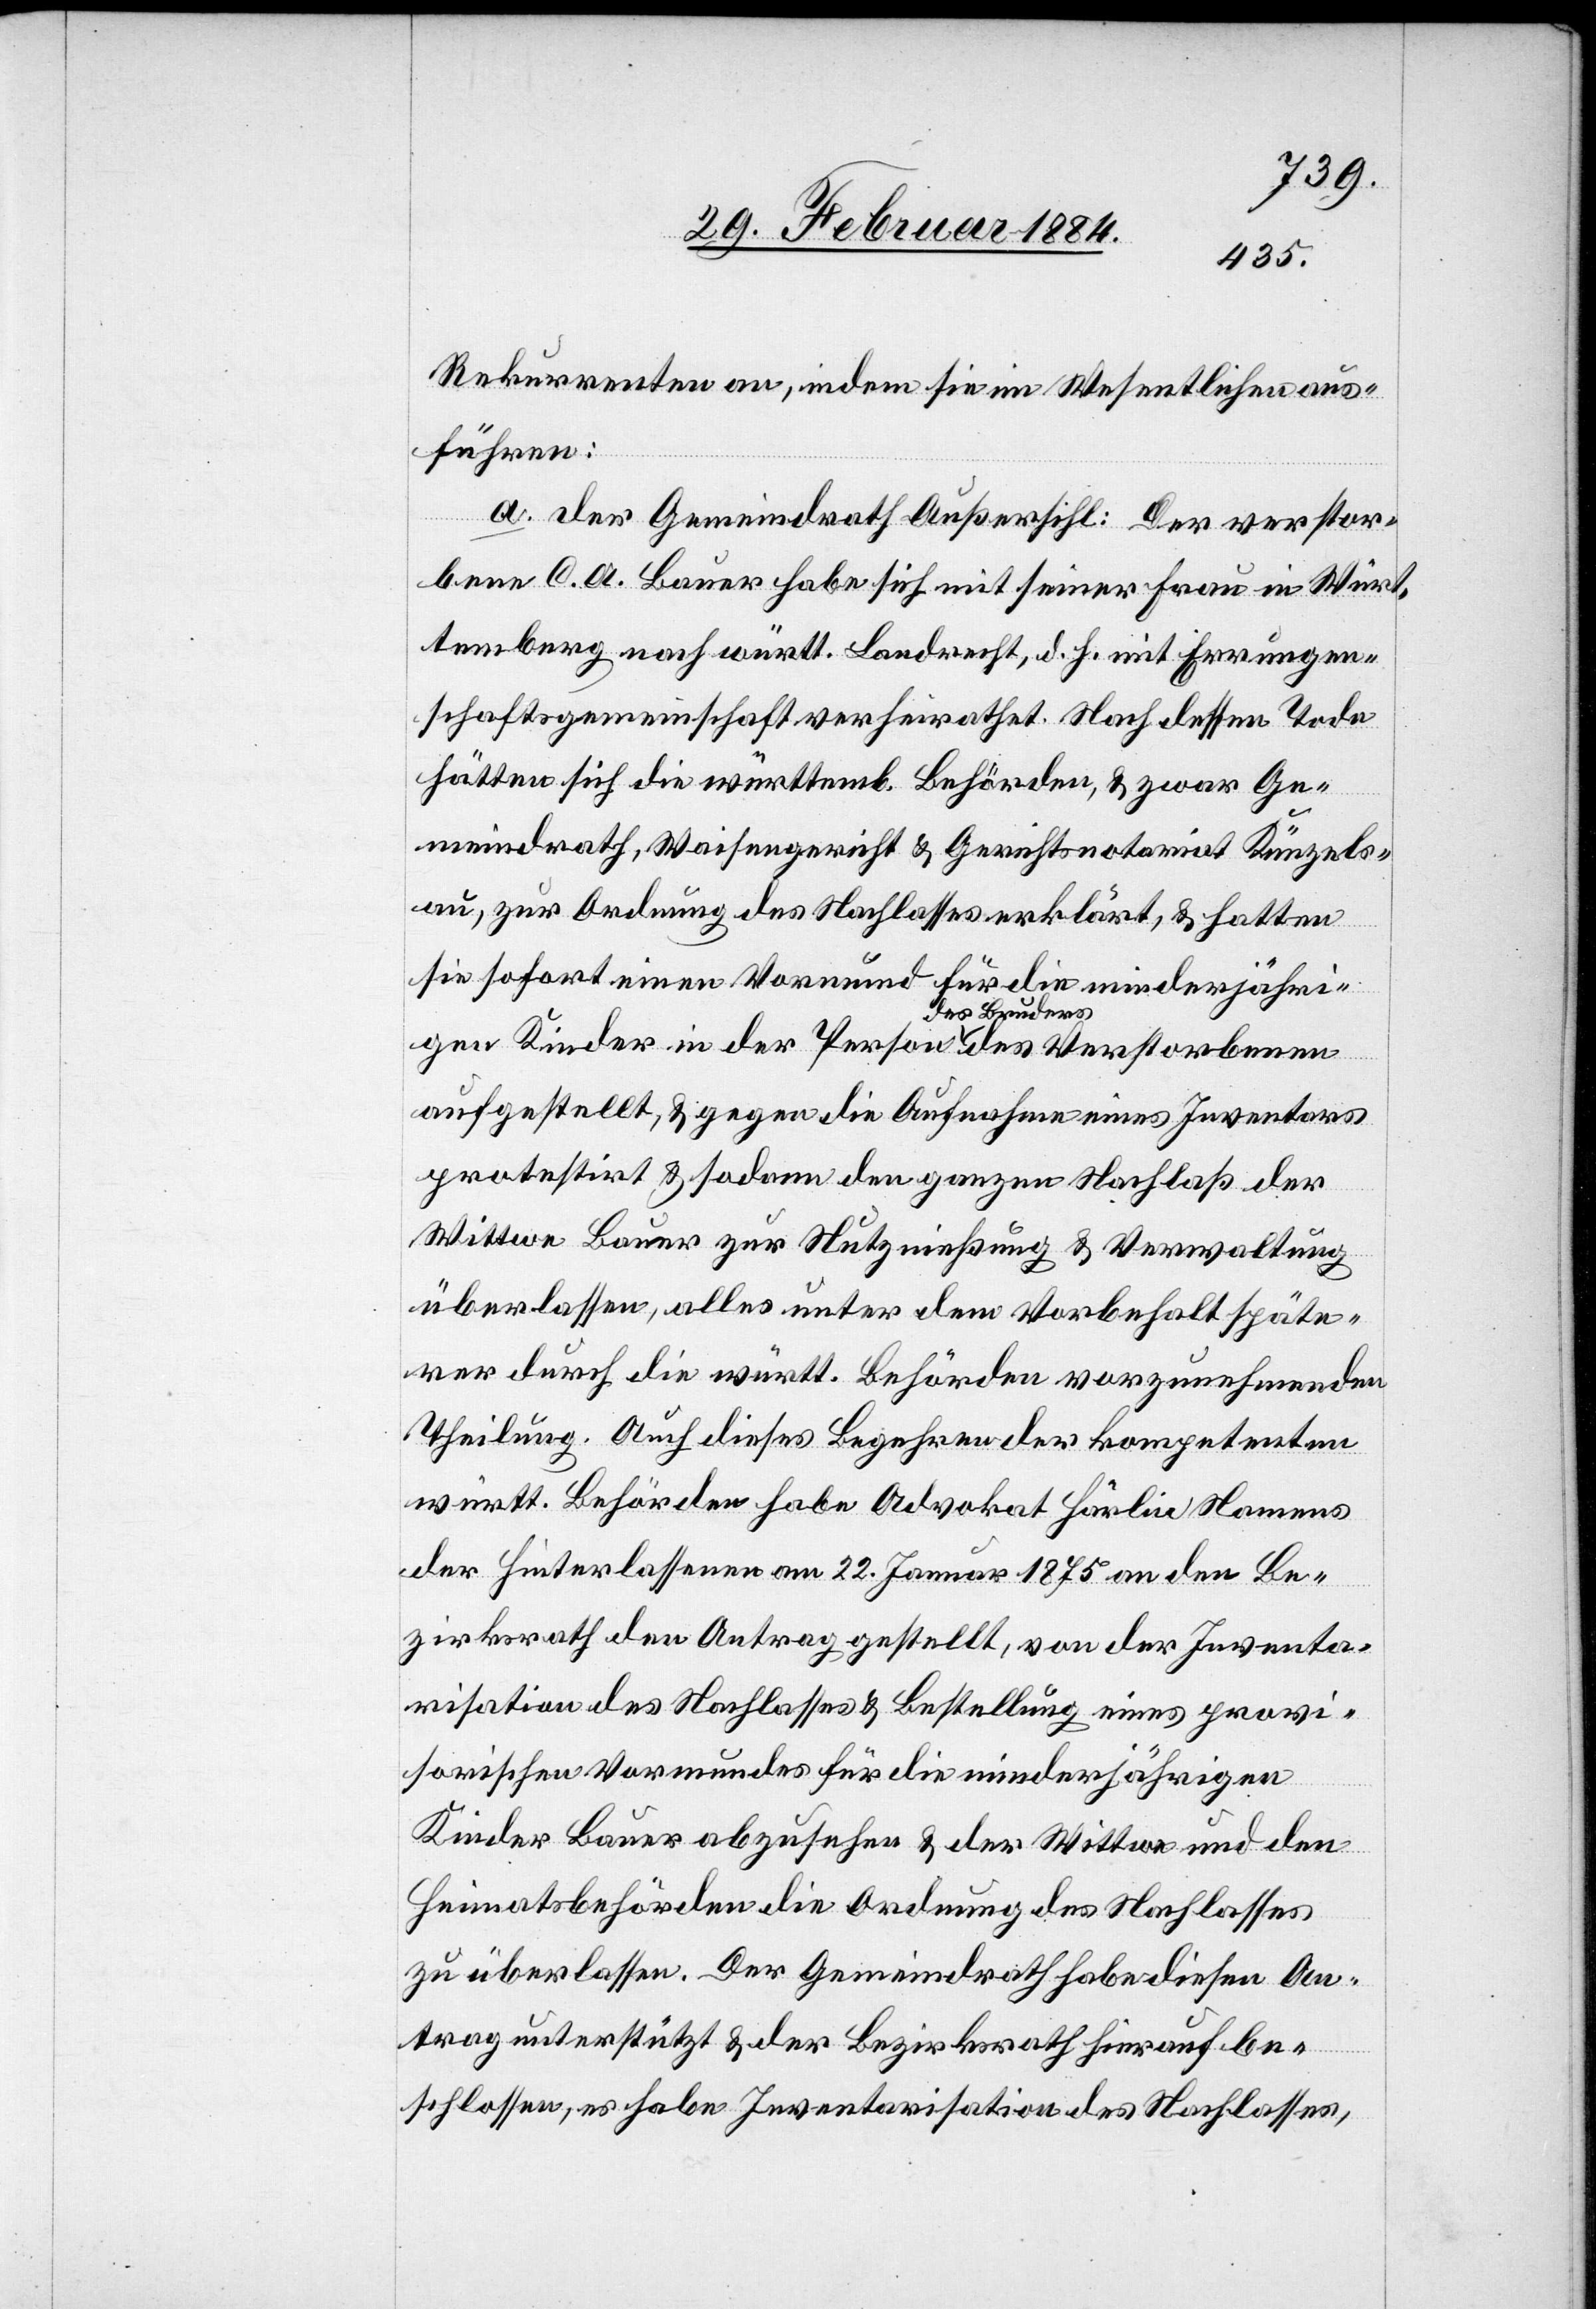
Rekurrenten an, indem sie im Wesentlichen aus¬
führen:
a. Der Gemeindrath Außersihl: Der verstor¬
bene C. A. Bauer habe sich mit seiner Frau in Würt¬
temberg nach württ. Landrecht, d. h. mit Erneuerungsgem¬
hätten sich die württemb. Behörden, & zwar Ge¬
der
meindrath, Waisengericht & Gerichtsnotariat Künzels¬
au, zur Ordnung des Nachlasses erklärt, & hatten
sie sofort einen Vormund für die minderjähri¬
des Bruders
benen
aufgestellt, & gegen die Aufnahme eines Inventars
protestirt & sodann den ganzen Nachlaß der
Wittwe Bauer zur Nutznießung & Verwaltung
überlassen, alles unter dem Vorbehalt späte¬
rer durch die württ. Behörden vorzunehmende
Theilung. Auf dieses Begehren der kompetenten
württ. Behörden habe Advokat Härlin Namens
der Hinterlassenen am 22. Januar 1875 an den Be¬
zirksrath den Antrag gestellt, von der Inventa¬
risation des Nachlasses & Bestellung eines provi¬
sorischen Vormundes für die minderjährigen
Kinder Bauer abzusehen & der Wittwe und den
Heimatsbehörden die Ordnung des Nachlasses
zu überlassen. Der Gemeindrath habe diesen An¬
trag unterstützt & der Bezirksrath hierauf be¬
schlossen, es habe Inventarisation des Nachlasses,